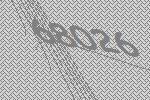
68026